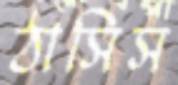
ঠাসিস